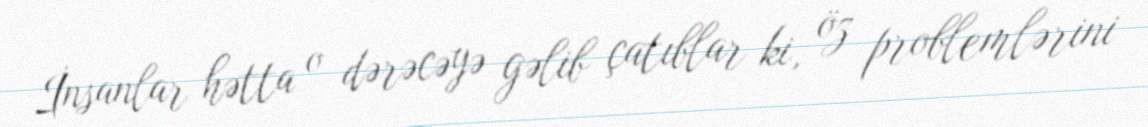
İnsanlar hətta o dərəcəyə gəlib çatıblar ki, öz problemlərini